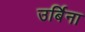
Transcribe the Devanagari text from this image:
उर्बिना